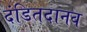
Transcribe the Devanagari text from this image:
दंडितदानव